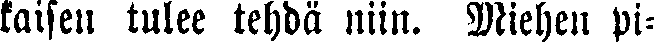
kaisen tulee tehdä niin. Miehen pi-